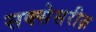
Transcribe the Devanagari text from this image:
सक्सेसरीज़